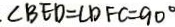
. \angle B E D = \angle D F C = 9 0 ^ { \circ }